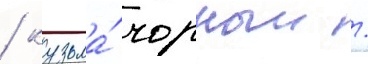
/ кузьма́ чорныи /